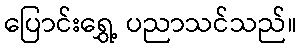
ပြောင်းရွှေ့ ပညာသင်သည်။